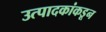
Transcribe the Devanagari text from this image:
उत्पादकांकडून